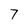
Character: 7